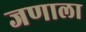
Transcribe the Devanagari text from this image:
जणाला